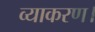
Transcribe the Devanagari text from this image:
व्याकरण।